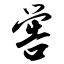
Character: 喾